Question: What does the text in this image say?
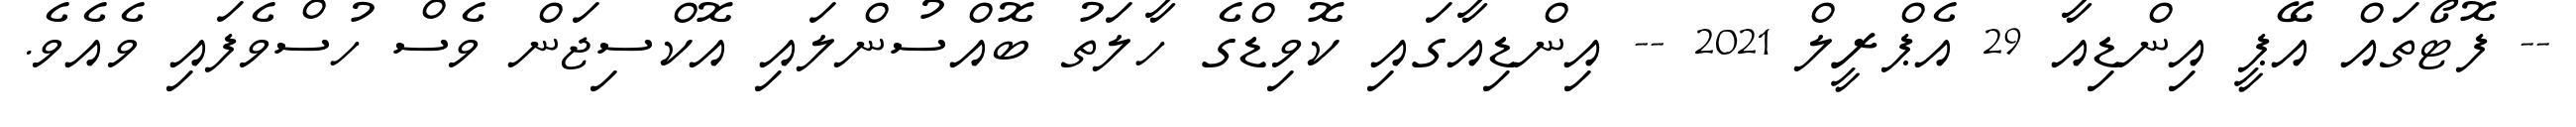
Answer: -- ފޮޓޯތައް އޭޕީ އިންޑިއާ 29 އެޕްރީލް 2021 -- އިންޑިއާގައި ކޮވިޑްގެ ހާލަތު ބޮއްސުންލައި އޮކްސިޖަން ވެސް ހުސްވެފައި ވެއެވެ.